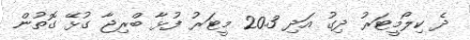
ދެ ކިލޯމީޓަރު ދިގު އަދި 20.3 މީޓަރު ފުޅާ ބްރިޖާ ގުޅޭ ގޮތުން